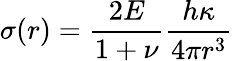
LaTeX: \sigma(r)=\frac{2E}{1+\nu}\frac{h\kappa}{4\pi r^{3}}